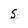
Character: s